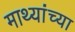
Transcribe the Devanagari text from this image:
माथ्यांच्या